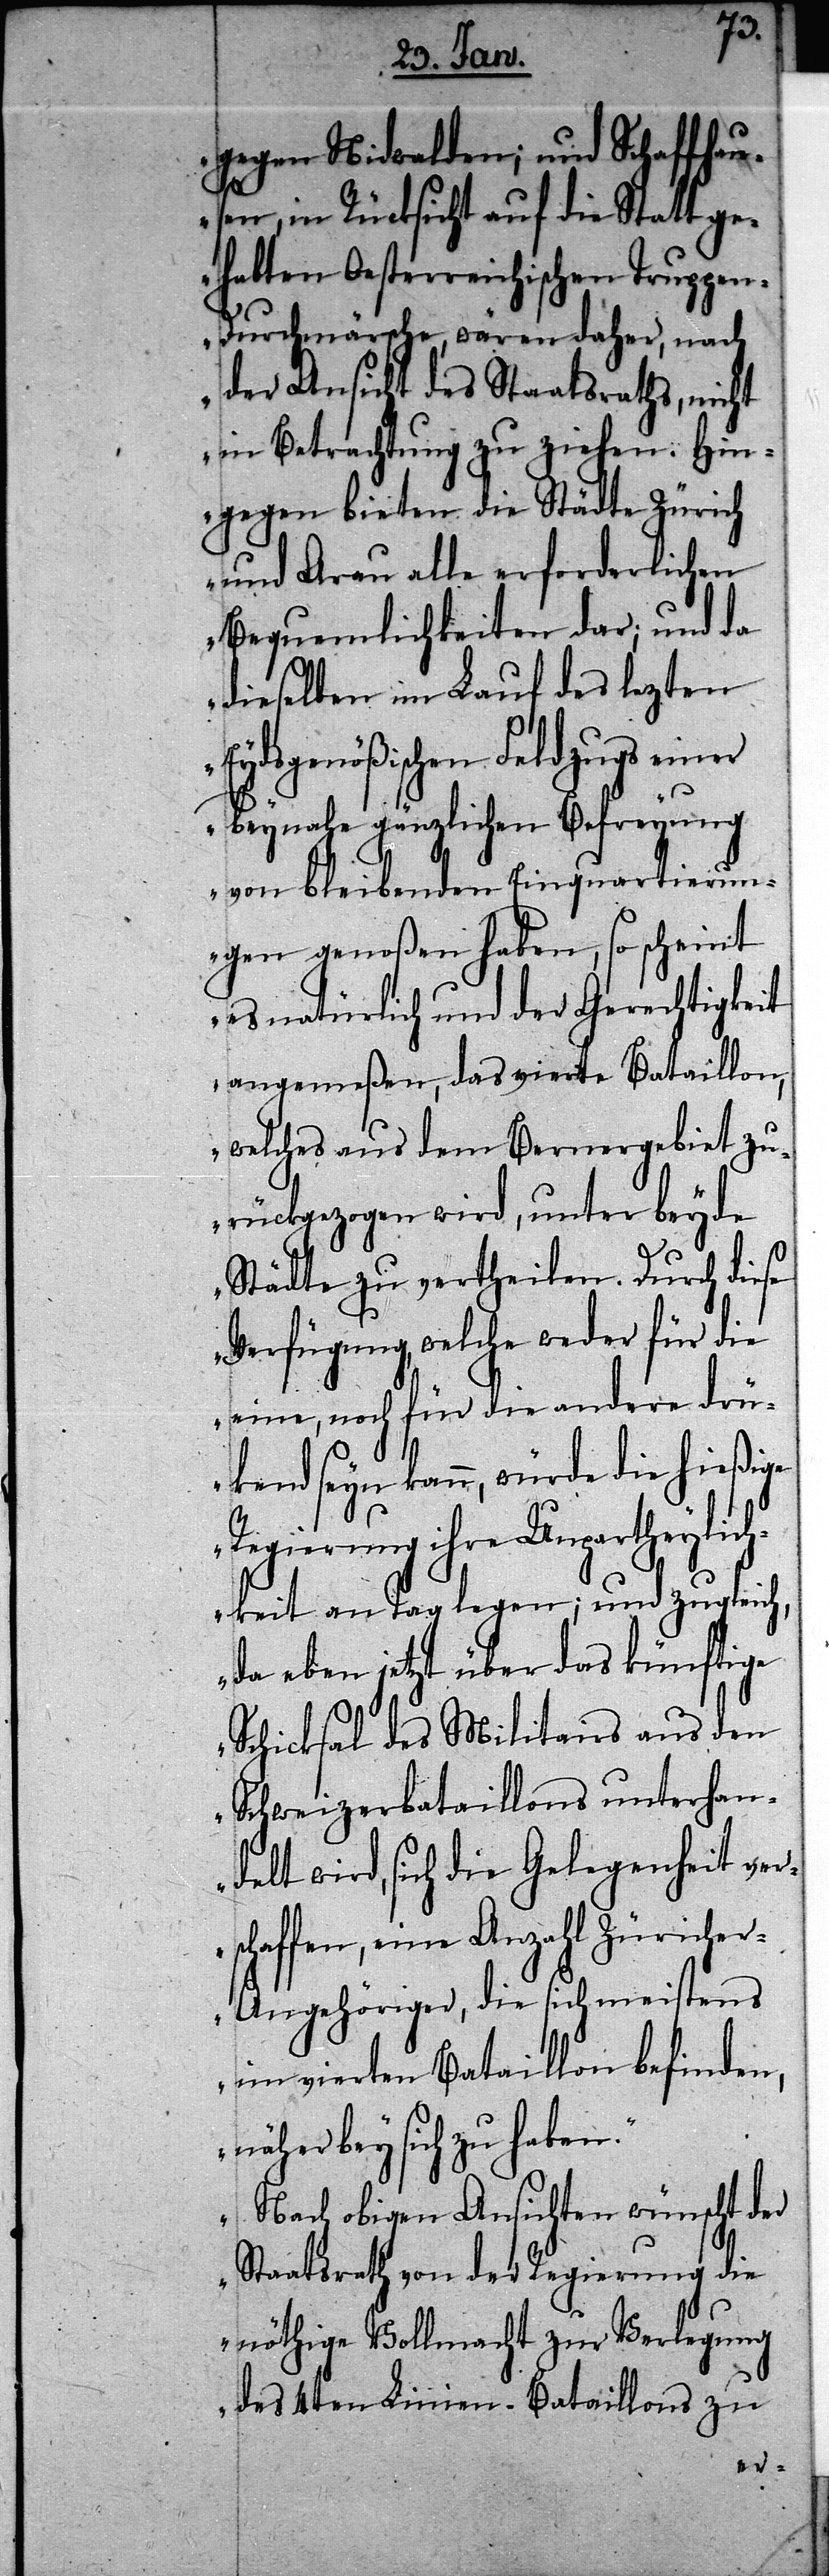
sc¬
gegen Nidwalden; und Schaffhau¬
sen, in Rücksicht auf die Statt ge¬
habten Oesterreichischen Truppe¬
n-Durchmärsche, wären daher, nach
der Ansicht des Staatsraths, nicht
in Betrachtung zu ziehen. Hin¬
gegen bieten die Städte Zürich
und Arau alle erforderlichen
Bequemlichkeiten dar; und da
dieselben im Lauf des lezten
Eydsgenößischen Feldzugs einer
beynahe gänzlichen Befreyung
von bleibenden Einquartierun¬
gen genoßen haben, so scheint
es natürlich und der Gerechtigkeit
angemeßen, das vierte Bataillon,
welches aus dem Bernergebiet zu¬
rückgezogen wird, unter beyde
Städte zu vertheilen. Durch diese
Verfügung, welche weder für die
eine, noch für die andere drü¬
kend seyn kann, würde die hießige
Regierung ihre Unpartheylich¬
keit an Tag legen; und zugleich,
da eben jetzt über das künftige
Schicksal des Militairs aus den
Schweizerbataillons unterhan¬
delt wird, sich die Gelegenheit ver¬
haffen, eine Anzahl Züriche¬
r-Angehöriger, die sich meistens
im vierten Bataillon befinden,
näher bey sich zu haben.“
„Nach obigen Ansichten wünscht der
Staatsrath von der Regierung die
nöthige Vollmacht zur Verlegung
des 4ten Linien-Bataillons zu